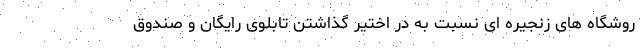
روشگاه های زنجیره ای نسبت به در اختیر گذاشتن تابلوی رایگان و صندوق